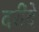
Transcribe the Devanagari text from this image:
दरींदे